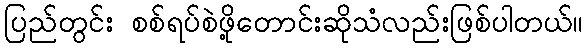
ပြည်တွင်း စစ်ရပ်စဲဖို့တောင်းဆိုသံလည်းဖြစ်ပါတယ်။